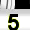
Digit: 5